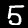
Label: 5